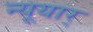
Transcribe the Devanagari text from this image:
न्यूयार्